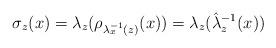
LaTeX: \begin{align*}\sigma_z(x)=\lambda_z(\rho_{\lambda_x^{-1}(z)}(x))=\lambda_z(\hat{\lambda}_z^{-1}(x))\end{align*}